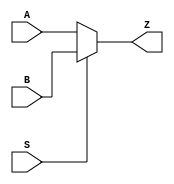
`timescale 1ns / 1ps
//////////////////////////////////////////////////////////////////////////////////
// Company: 
// Engineer: 
// 
// Design Name: 
// Module Name: multiplexer
// Project Name: 
// Target Devices: 
// Tool Versions: 
// Description: 
// 
// Dependencies: 
// 
// Revision:
// Revision 0.01 - File Created
// Additional Comments:
// 
//////////////////////////////////////////////////////////////////////////////////


module multiplexer(
    input A,
    input B,
    input S,
    output Z
    );
    
    // Uses conditional operator here to simplify
    assign Z = S ? B : A;
    
endmodule